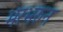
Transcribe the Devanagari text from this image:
भरभरुन